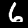
Digit: 6